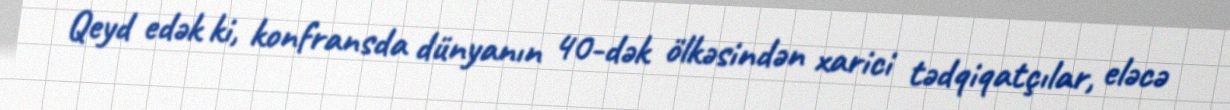
Qeyd edək ki, konfransda dünyanın 40-dək ölkəsindən xarici tədqiqatçılar, eləcə